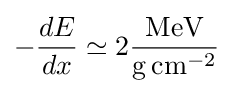
-{\frac {dE}{dx}}\simeq 2{\frac {\text{MeV}}{\mathrm {g} \,{\text{cm}}^{-2}}}